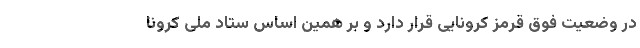
در وضعیت فوق قرمز کرونایی قرار دارد و بر همین اساس ستاد ملی کرونا